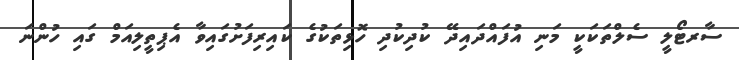
ސާރޓޯލީ ސެލްތަކަކީ މަނި އުފައްދައިދޭ ކުދިކުދި ހޮޅިތަކުގެ ކައިރިފަށުގައިވާ އެޕިތީލިއަމް ގައި ހުންނަ